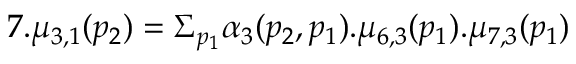
7 . \mu _ { 3 , 1 } ( p _ { 2 } ) = \Sigma _ { p _ { 1 } } \alpha _ { 3 } ( p _ { 2 } , p _ { 1 } ) . \mu _ { 6 , 3 } ( p _ { 1 } ) . \mu _ { 7 , 3 } ( p _ { 1 } )